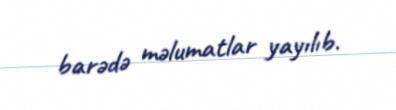
barədə məlumatlar yayılıb.